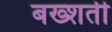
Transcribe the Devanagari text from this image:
बख्शती